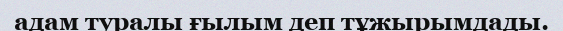
адам туралы ғылым деп тұжырымдады.